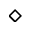
\diamond